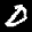
Label: 0